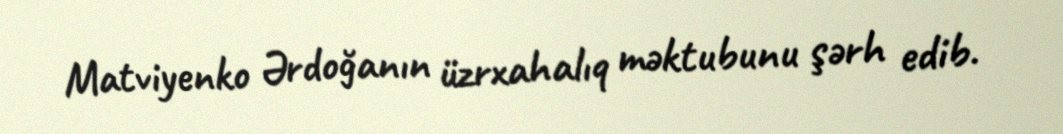
Matviyenko Ərdoğanın üzrxahalıq məktubunu şərh edib.